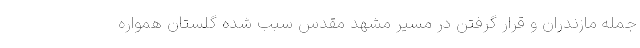
جمله مازندران و قرار گرفتن در مسیر مشهد مقدس سبب شده گلستان همواره